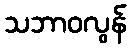
သဘာဝလွန်